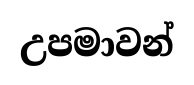
උපමාවන්